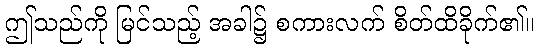
ဤသည်ကို မြင်သည့် အခါ၌ စကားလက် စိတ်ထိခိုက်၏။